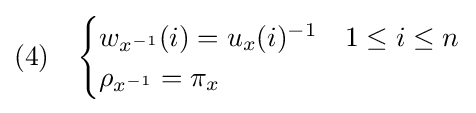
(4)\quad {\begin{cases}w_{x^{-1}}(i)=u_{x}(i)^{-1}&1\leq i\leq n\\\rho _{x^{-1}}=\pi _{x}\end{cases}}